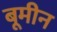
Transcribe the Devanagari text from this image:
बूमीन